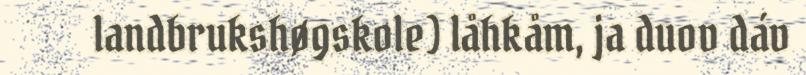
landbrukshøgskole) låhkåm, ja duov dáv